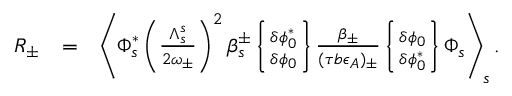
\begin{array} { r l r } { R _ { \pm } } & { = } & { \left\langle \Phi _ { s } ^ { * } \left( \frac { \Lambda _ { s } ^ { s } } { 2 \omega _ { \pm } } \right) ^ { 2 } \beta _ { s } ^ { \pm } \left\{ \delta \phi _ { 0 } ^ { * } \atop \delta \phi _ { 0 } \right\} \frac { \beta _ { \pm } } { ( \tau b \epsilon _ { A } ) _ { \pm } } \left\{ \delta \phi _ { 0 } \atop \delta \phi _ { 0 } ^ { * } \right\} \Phi _ { s } \right\rangle _ { s } . } \\ & { } & \end{array}